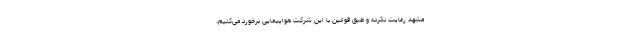
مشهد رعایت نکرده و طبق قوانین با این شرکت هواپیمایی برخورد می‌کنیم،